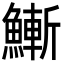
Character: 䱿